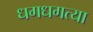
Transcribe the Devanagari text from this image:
धगधगत्या